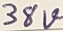
Text: 38V